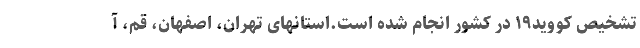
تشخیص کووید۱۹ در کشور انجام شده است.استانهای تهران، اصفهان، قم، آ